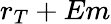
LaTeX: r_{T}+Em